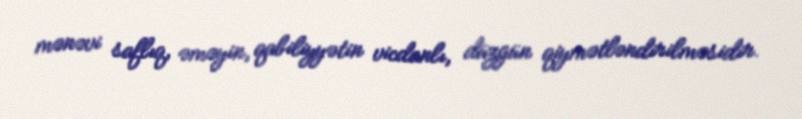
mənəvi saflıq, əməyin, qabiliyyətin vicdanlı, düzgün qiymətləndirilməsidir.